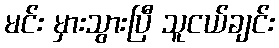
မင်း မှားသွားပြီ သူငယ်ချင်း